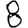
Digit: 8